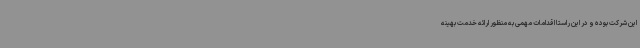
این شرکت بوده و در این راستا اقدامات مهمی به منظور ارائه خدمت بهینه